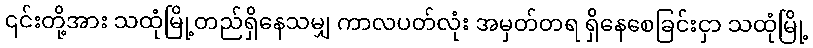
၎င်းတို့အား သထုံမြို့တည်ရှိနေသမျှ ကာလပတ်လုံး အမှတ်တရ ရှိနေစေခြင်းငှာ သထုံမြို့